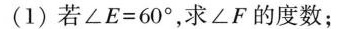
(1)若$$∠ E = 6 0 °$$，求∠F的度数；